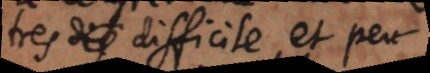
tres difficile, et peu